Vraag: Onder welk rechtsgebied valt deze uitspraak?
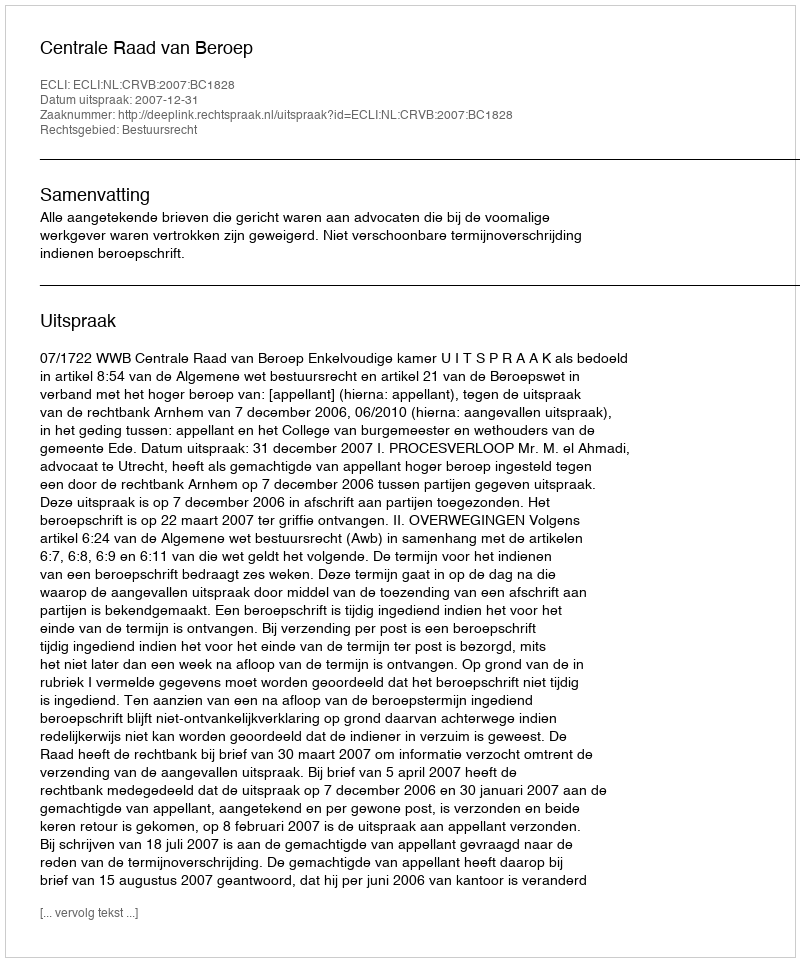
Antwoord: Bestuursrecht